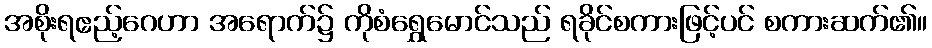
အစိုးရဧည့်ဂေဟာ အရောက်၌ ကိုစံရွှေမောင်သည် ရခိုင်စကားဖြင့်ပင် စကားဆက်၏။